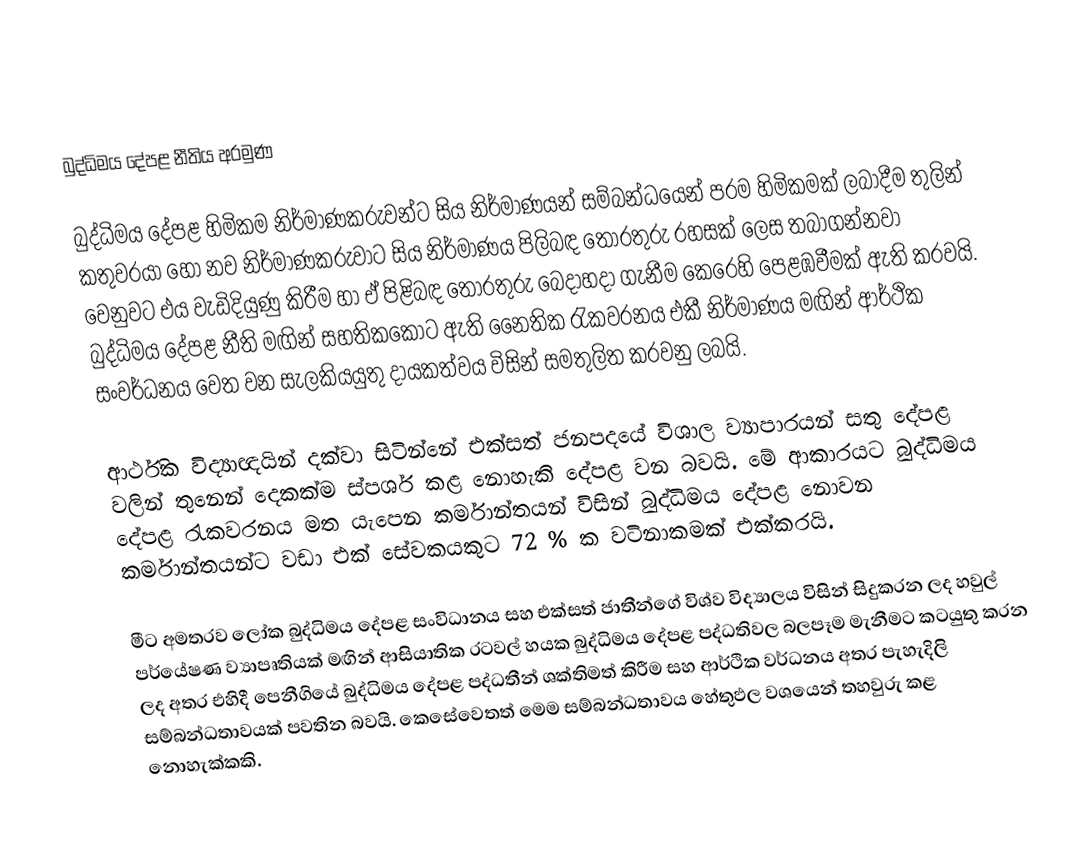
බුද්ධිමය දේපළ නීතිය අරමුණ

බුද්ධිමය දේපළ හිමිකම නිර්මාණකරුවන්ට සිය නිර්මාණයන් සම්බන්ධයෙන් පරම හිමිකමක් ලබාදීම තුලින් කතුවරයා හෝ නව නිර්මාණකරුවාට සිය නිර්මාණය පිලිබඳ තොරතුරු රහසක් ලෙස තබාගන්නවා වෙනුවට එය වැඩිදියුණු කිරීම හා ඒ පිළිබඳ තොරතුරු බෙදාහදා ගැනීම කෙරෙහි පෙළඹවීමක් ඇති කරවයි. බුද්ධිමය දේපළ නීති මඟින් සහතිකකොට ඇති නෛතික රැකවරනය එකී නිර්මාණය මඟින් ආර්ථික සංවර්ධනය වෙත වන සැලකියයුතු දායකත්වය විසින් සමතුලිත කරවනු ලබයි.

ආර්ථික විද්‍යාඥයින් දක්වා සිටින්නේ එක්සත් ජනපදයේ විශාල ව්‍යාපාරයන් සතු දේපළ වලින් තුනෙන් දෙකක්ම ස්පර්ශ කළ නොහැකි දේපළ වන බවයි. මේ ආකාරයට බුද්ධිමය දේපළ රැකවරනය මත යැපෙන කර්මාන්තයන් විසින් බුද්ධිමය දේපළ නොවන කර්මාන්තයන්ට වඩා එක් සේවකයකුට 72 % ක වටිනාකමක් එක්කරයි.

මීට අමතරව ලෝක බුද්ධිමය දේපළ සංවිධානය සහ එක්සත් ජාතීන්ගේ විශ්ව විද්‍යාලය විසින් සිදුකරන ලද හවුල් පර්යේෂණ ව්‍යාපෘතියක් මඟින් ආසියාතික රටවල් හයක බුද්ධිමය දේපළ පද්ධතිවල බලපෑම මැනීමට කටයුතු කරන ලද අතර එහිදී පෙනීගියේ බුද්ධිමය දේපළ පද්ධතීන් ශක්තිමත් කිරීම සහ ආර්ථික වර්ධනය අතර පැහැදිලි සම්බන්ධතාවයක් පවතින බවයි. කෙසේවෙතත් මෙම සම්බන්ධතාවය හේතුඵල වශයෙන් තහවුරු කළ නොහැක්කකි.